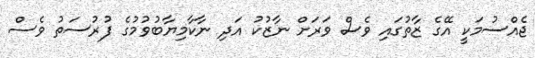
ޖެއްސުމަކީ އޭގެ ޒާތުގައި ވެސް ވަރަށް ނާޒުކު އަދި ނާކާމިޔާބުވުމުގެ ފުރުސަތު ވެސް